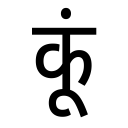
OCR:
कूं